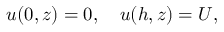
u ( 0 , z ) = 0 , \quad u ( h , z ) = U ,